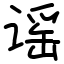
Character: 谣